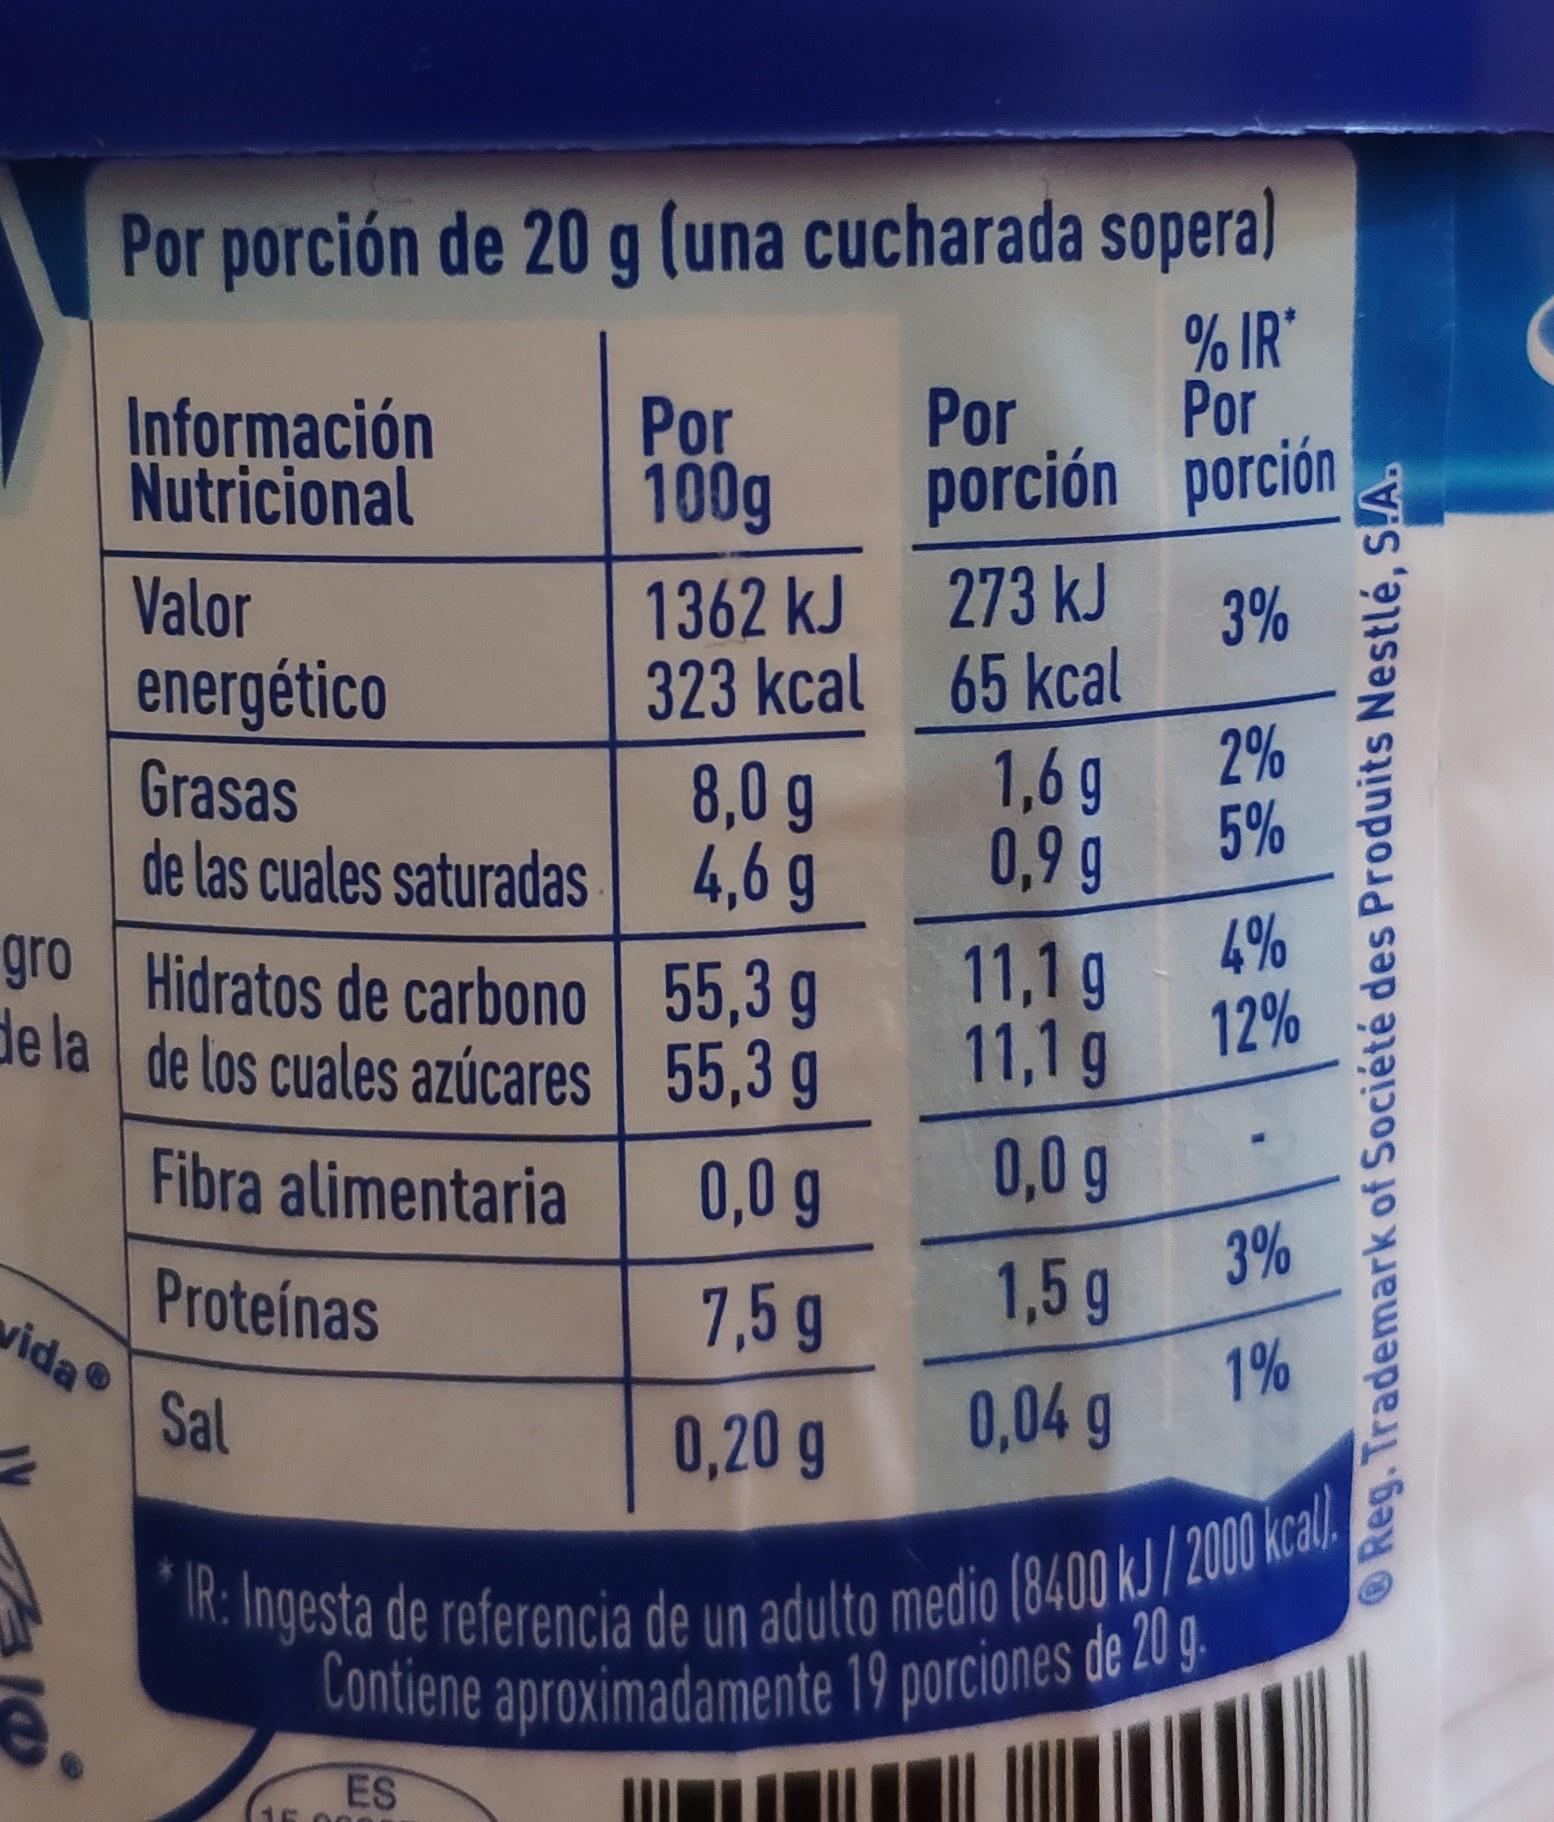
Por porción de 20 g (una cucharada sopera)
% IR' Por porción porción
Por
Información Nutricional
Por 100g
Valor
1362 kJ
273 kJ
3%
323 kcal 65 kcal 2% 1,6g 5% 0,9 g
energético
Grasas de las cuales saturadas 4,6 g gro Hidratos de carbono 55,3 g de la de los cuales azúcares 55,3 g
8,0 g
4% 11,1 g 12% 11,1 g
Fibra alimentaria
0,0 g
0,0 g
3%
Proteínas vida
7,5 g
1,5 g 1%
Sal
0,20 g
0,04 g
IR: Ingesta de referencia de un adulto medio (8400 kJ/2000 kcal Contiene aproximadamente 19 porciones de 20 g.
ES
Reg. Trademark of Société des Produits Nestlé, S!A.